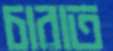
চারাত